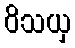
ဝိသယှ